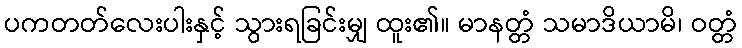
ပကတတ်လေးပါးနှင့် သွားရခြင်းမျှ ထူး၏။ မာနတ္တံ သမာဒိယာမိ၊ ဝတ္တံ